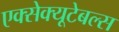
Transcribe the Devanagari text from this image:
एक्सेक्यूटेबल्स